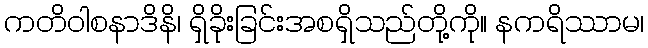
ကတိဝါစနာဒိနိ၊ ရှိခိုးခြင်းအစရှိသည်တို့ကို။ နကရိဿာမ၊